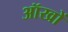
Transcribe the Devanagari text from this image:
ऑखों